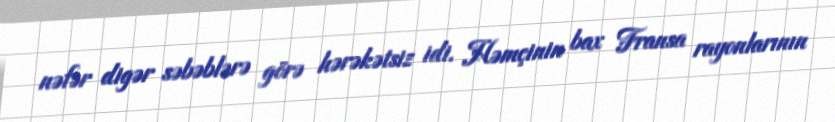
nəfər digər səbəblərə görə hərəkətsiz idi. Həmçinin bax Fransa rayonlarının